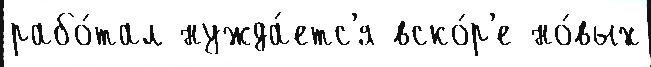
рабо́тал нужда́етс'я вско́р'е но́вых